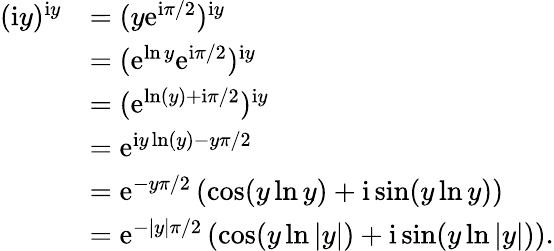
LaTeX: \begin{array}{rl}{(\mathrm{i}y)^{\mathrm{i}y}}&{=(y\mathrm{e}^{\mathrm{i}\pi/2})^{\mathrm{i}y}}\\ &{=(\mathrm{e}^{\ln y}\mathrm{e}^{\mathrm{i}\pi/2})^{\mathrm{i}y}}\\ &{=(\mathrm{e}^{\ln(y)+\mathrm{i}\pi/2})^{\mathrm{i}y}}\\ &{=\mathrm{e}^{\mathrm{i}y\ln(y)-y\pi/2}}\\ &{=\mathrm{e}^{-y\pi/2}\left(\cos(y\ln y)+\mathrm{i}\sin(y\ln y)\right)}\\ &{=\mathrm{e}^{-|y|\pi/2}\left(\cos(y\ln|y|)+\mathrm{i}\sin(y\ln|y|)\right)\mathrm{.}}\end{array}